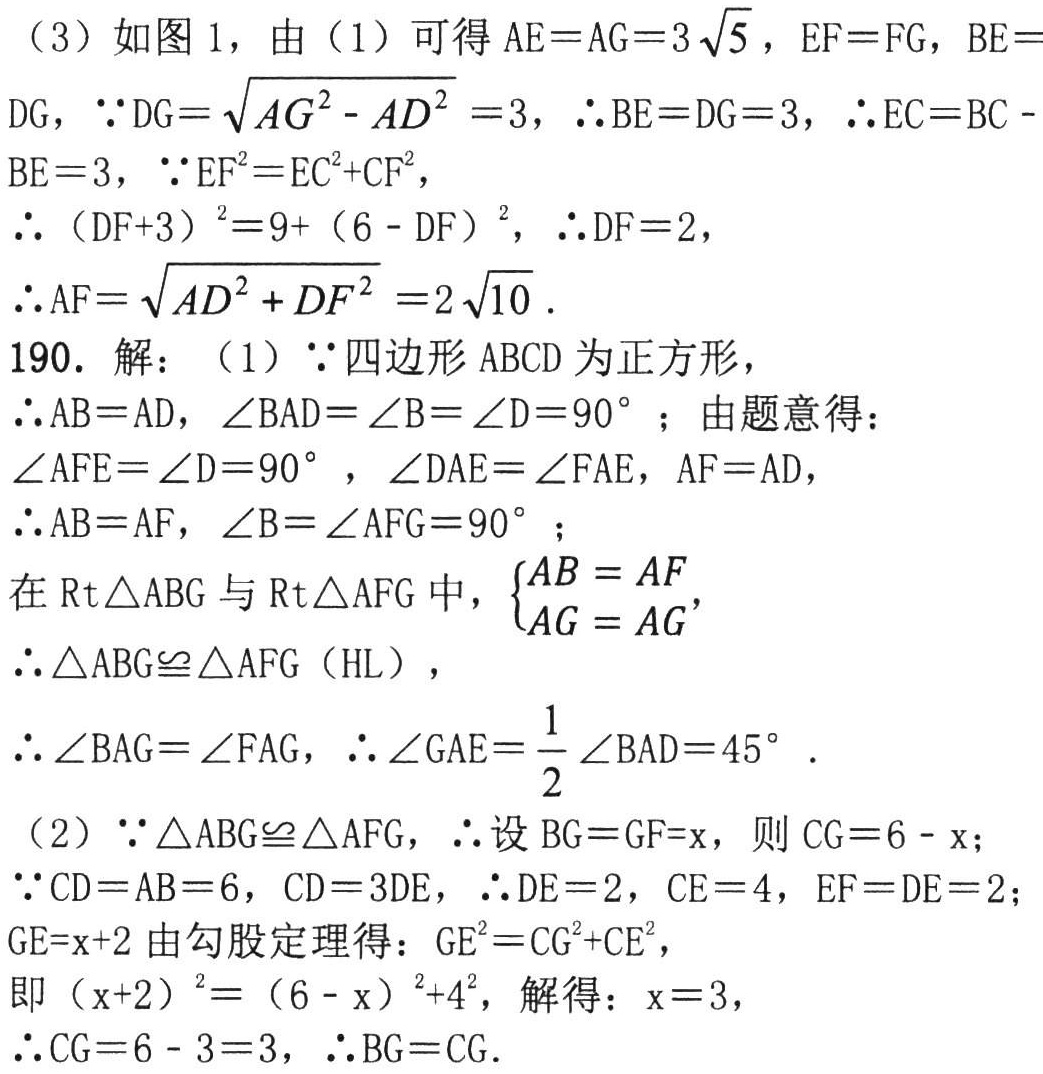
（3）如图 1，由（1）可得 \(AE = AG = 3\sqrt{5}\)，\(EF = FG\)，\(BE = DG\)，\(\because DG=\sqrt{AG^{2}-AD^{2}} = 3\)，\(\therefore BE = DG = 3\)，\(\therefore EC = BC - BE = 3\)，\(\because EF^{2}=EC^{2}+CF^{2}\)，

\(\therefore (DF + 3)^{2}=9+(6 - DF)^{2}\)，\(\therefore DF = 2\)，

\(\therefore AF=\sqrt{AD^{2}+DF^{2}} = 2\sqrt{10}\)。

190. 解：（1）\(\because\)四边形 \(ABCD\) 为正方形，

\(\therefore AB = AD\)，\(\angle BAD=\angle B=\angle D = 90^{\circ}\)；由题意得：

\(\angle AFE=\angle D = 90^{\circ}\)，\(\angle DAE=\angle FAE\)，\(AF = AD\)，

\(\therefore AB = AF\)，\(\angle B=\angle AFG = 90^{\circ}\)；

在 \(\text{Rt}\triangle ABG\) 与 \(\text{Rt}\triangle AFG\) 中，\(\begin{cases}AB = AF\\AG = AG\end{cases}\)，

\(\therefore\triangle ABG\cong\triangle AFG\)（HL），

\(\therefore\angle BAG=\angle FAG\)，\(\therefore\angle GAE=\frac{1}{2}\angle BAD = 45^{\circ}\)。

（2）\(\because\triangle ABG\cong\triangle AFG\)，\(\therefore\)设 \(BG = GF = x\)，则 \(CG = 6 - x\)；

\(\because CD = AB = 6\)，\(CD = 3DE\)，\(\therefore DE = 2\)，\(CE = 4\)，\(EF = DE = 2\)；

\(GE=x + 2\) 由勾股定理得：\(GE^{2}=CG^{2}+CE^{2}\)，

即 \((x + 2)^{2}=(6 - x)^{2}+4^{2}\)，解得：\(x = 3\)，

\(\therefore CG = 6 - 3 = 3\)，\(\therefore BG = CG\)。